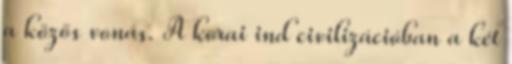
a közös vonás. A korai ind civilizációban a két